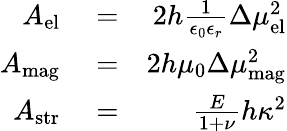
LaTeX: \begin{array}{rlr}{A_{\mathrm{el}}}&{{}=}&{2h\frac{1}{\epsilon_{0}\epsilon_{r}}\Delta\mu_{\mathrm{el}}^{2}}\\ {A_{\mathrm{mag}}}&{{}=}&{2h\mu_{0}\Delta\mu_{\mathrm{mag}}^{2}}\\ {A_{\mathrm{str}}}&{{}=}&{\frac{E}{1+\nu}h\kappa^{2}}\end{array}